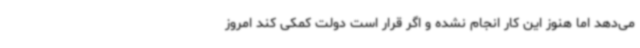
می‌دهد اما هنوز این کار انجام نشده و اگر قرار است دولت کمکی کند امروز